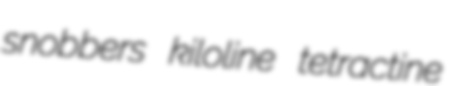
snobbers kiloline tetractine